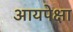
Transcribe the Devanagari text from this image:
आयपेक्षा